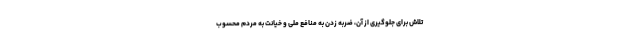
تلاش برای جلوگیری از آن، ضربه زدن به منافع ملی و خیانت به مردم محسوب